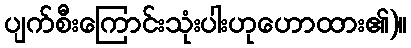
ပျက်စီးကြောင်းသုံးပါးဟုဟောထား၏)။